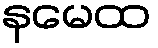
နမေထ